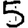
Digit: 5